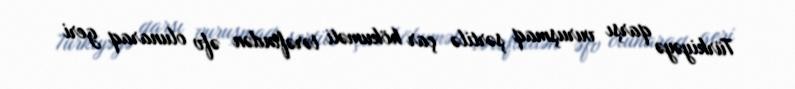
Türkiyəyə qarşı vuruşmaq şərtilə çar hökuməti tərəfindən əfv olunaraq geri